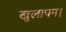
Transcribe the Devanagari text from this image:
खुलापन।